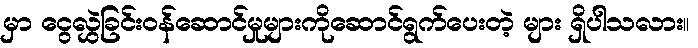
မှာ ငွေလွှဲခြင်းဝန်ဆောင်မှုများကိုဆောင်ရွက်ပေးတဲ့ များ ရှိပါသလား။